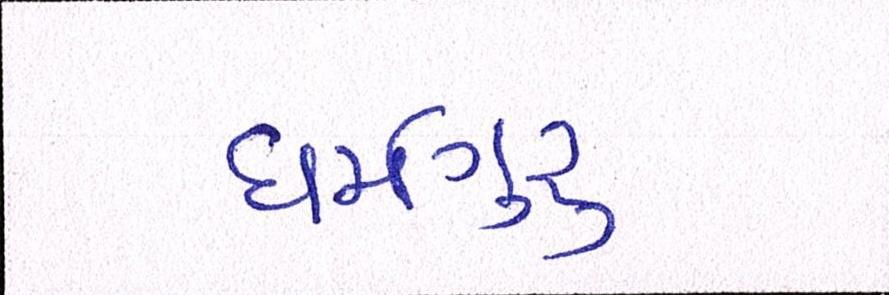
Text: ધર્મગુરૂ